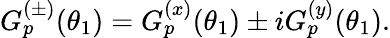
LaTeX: G_{p}^{(\pm)}(\theta_{1})=G_{p}^{(x)}(\theta_{1})\pm iG_{p}^{(y)}(\theta_{1}).